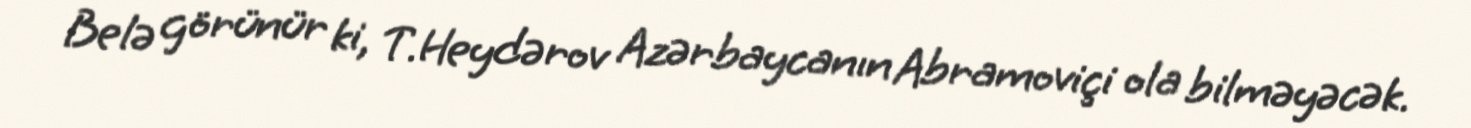
Belə görünür ki, T.Heydərov Azərbaycanın Abramoviçi ola bilməyəcək.